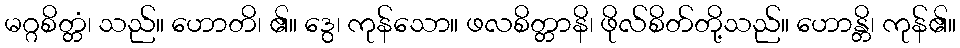
မဂ္ဂစိတ္တံ၊ သည်။ ဟောတိ၊ ၏။ ဒွေ၊ ကုန်သော။ ဖလစိတ္တာနိ၊ ဖိုလ်စိတ်တို့သည်။ ဟောန္တိ၊ ကုန်၏။